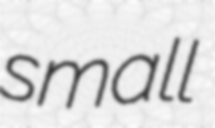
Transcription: small